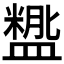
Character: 𬐵